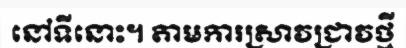
នៅទីនោះ។ តាមការស្រាវជ្រាវថ្មី